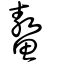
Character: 鰲